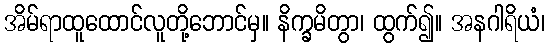
အိမ်ရာထူထောင်လူတို့ဘောင်မှ။ နိက္ခမိတွာ၊ ထွက်၍။ အနဂါရိယံ၊